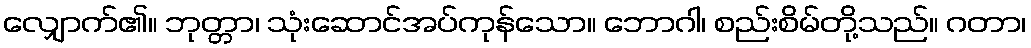
လျှောက်၏။ ဘုတ္တာ၊ သုံးဆောင်အပ်ကုန်သော။ ဘောဂါ၊ စည်းစိမ်တို့သည်။ ဂတာ၊